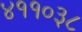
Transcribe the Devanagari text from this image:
४११०३८